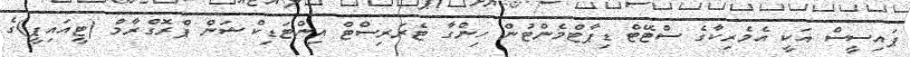
ޕައިސީސް އަކީ އެމެރިކާގެ ސްޓޭޓް ޑިޕާޓްމެންޓުން ހިންގާ ޓެރަރިސްޓް އިންޓަޑިކްޝަން ޕްރޮގްރާމް (ޓީއައިޕީ)ގެ